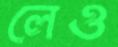
লেও